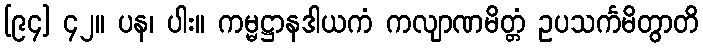
[၉၄] ၄၂။ ပန၊ ပါး။ ကမ္မဋ္ဌာနဒါယကံ ကလျာဏမိတ္တံ ဥပသင်္ကမိတွာတိ